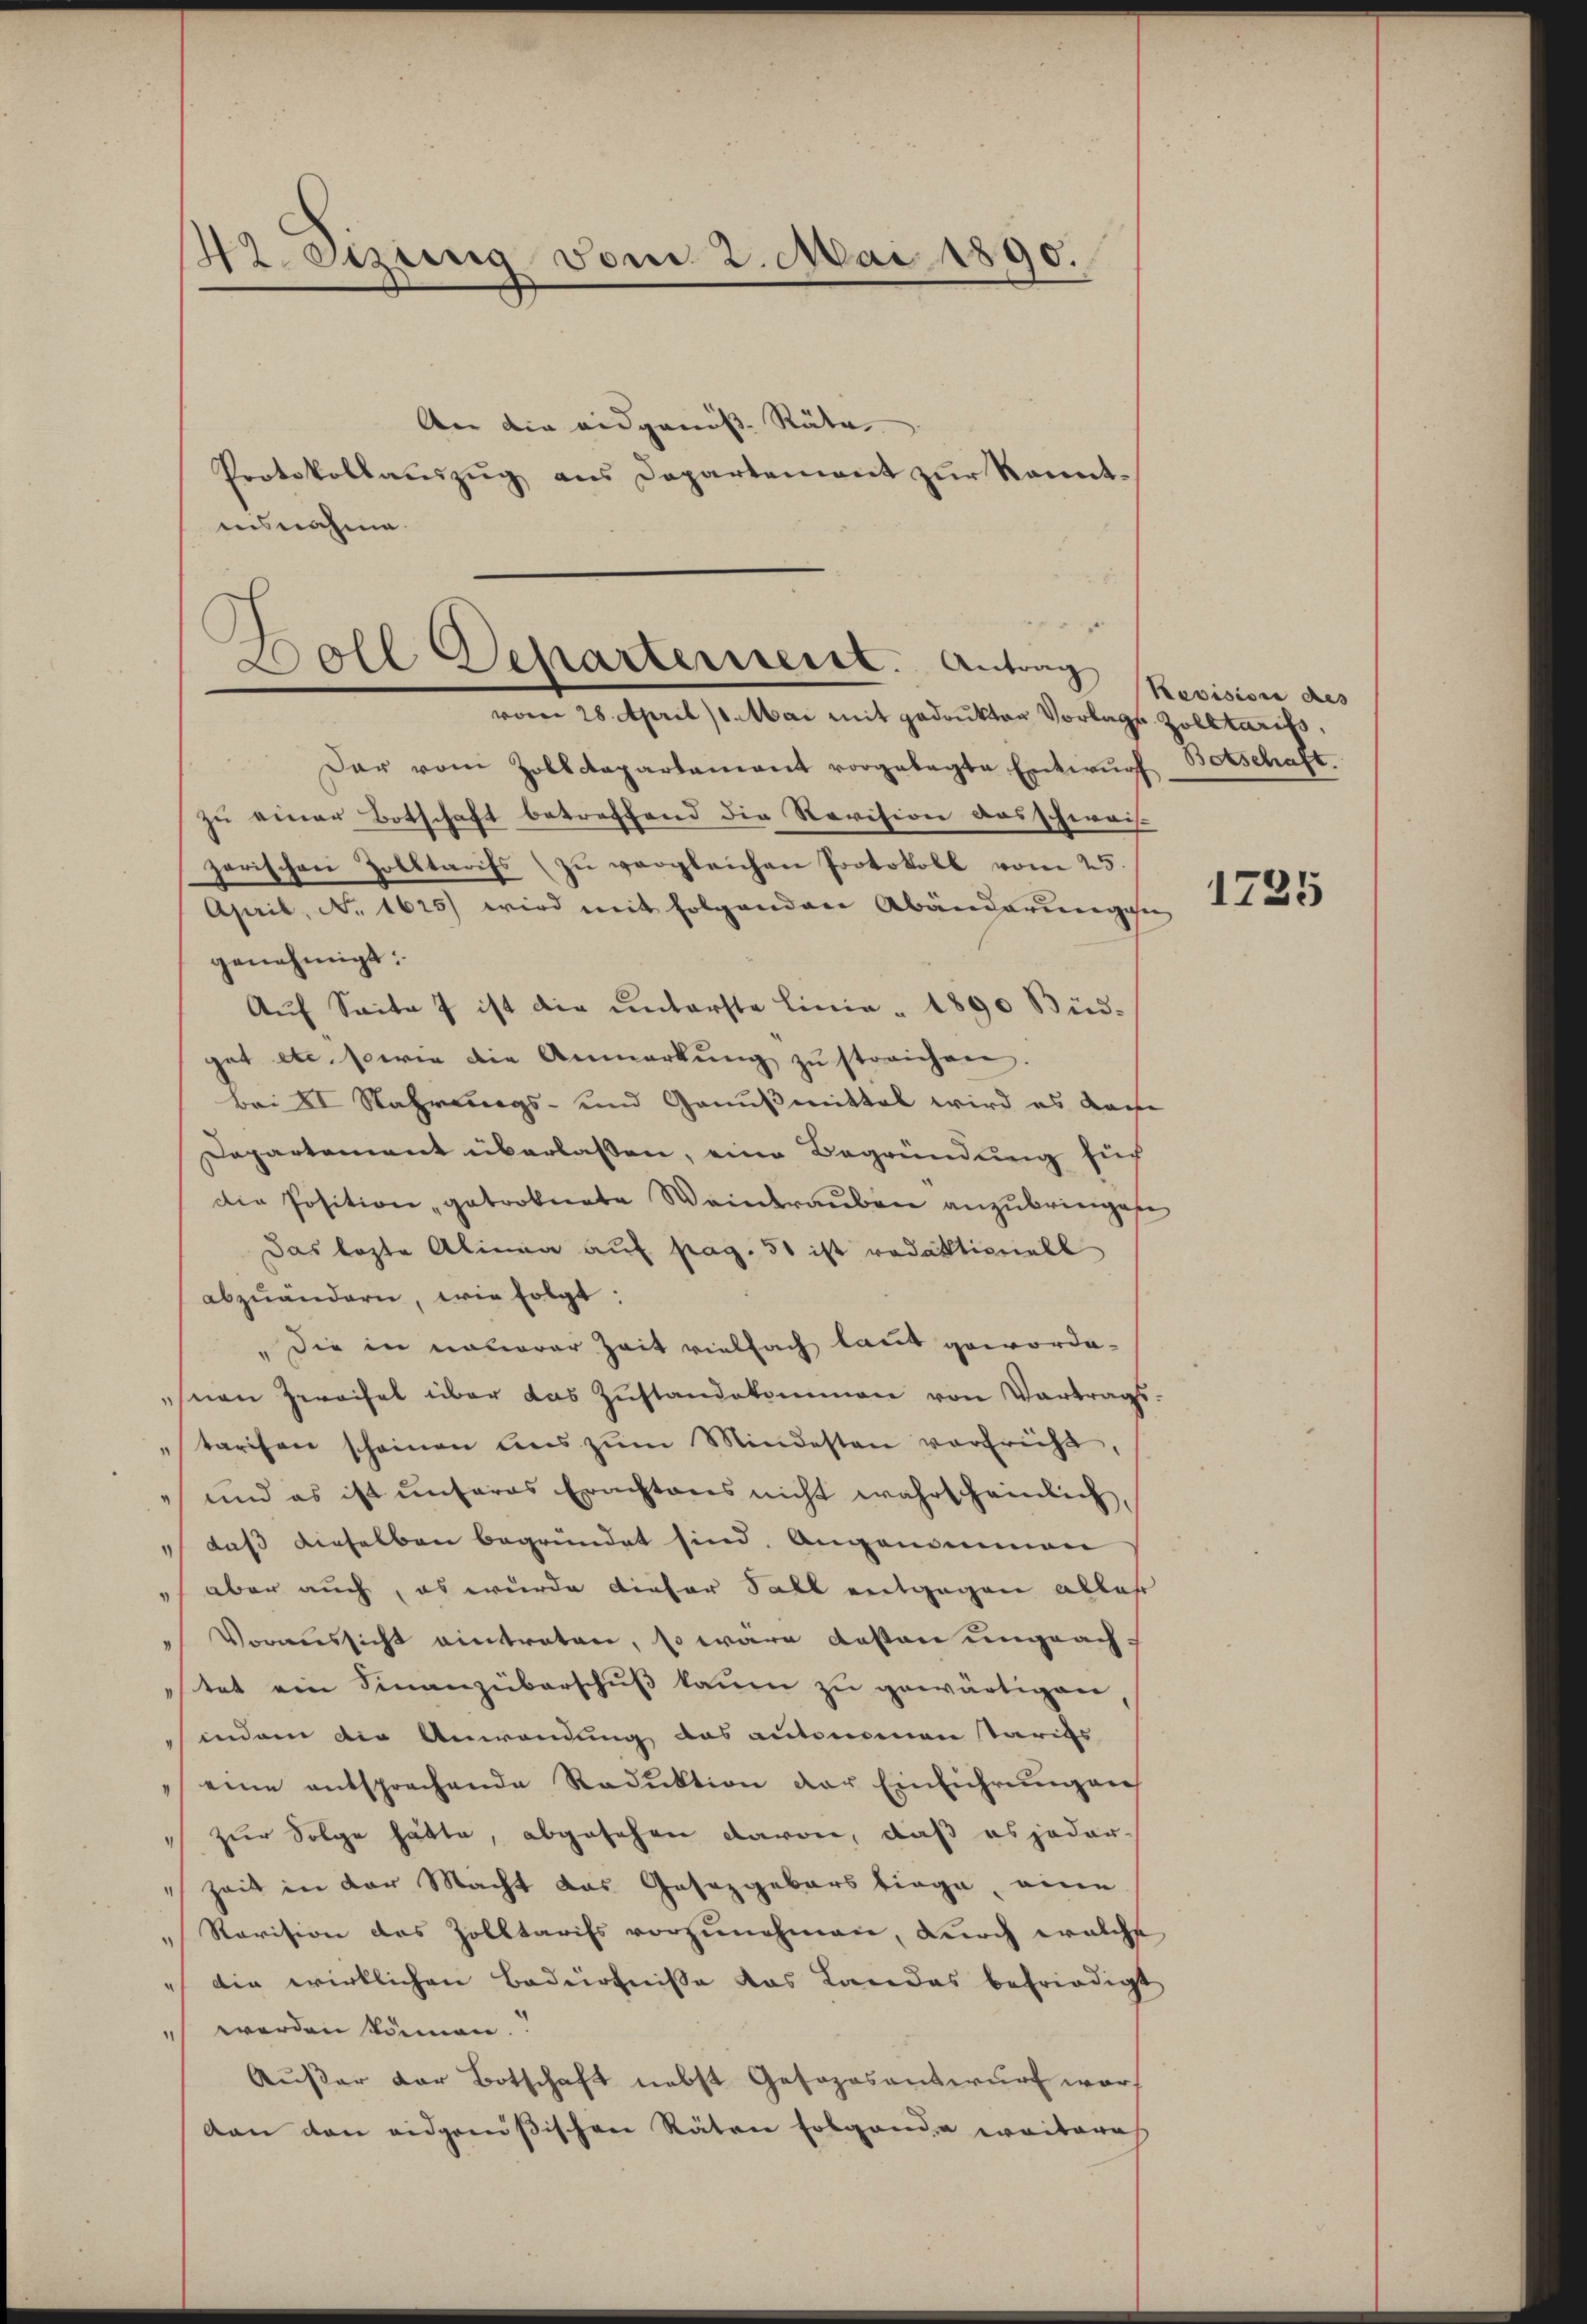
42. Stzung vom 2. Mai 1890.

An die eidgenöss. Räte
Protokollauszug aus Departement zur Kenntinsnahme.

.
Doll Departerreist. Antrag
vom 28. April 11 Mai mit gedruktor Vorlags Zolltarifs,

Der vom Zolldepartamant vorgelegte Entwŭrf Botschaft
zu einer Botschaft betreffend die Revision ausschwais-
garischen Zolltarifs zŭ vergleichen Protokoll vom 25.
April, No 1625) wird mit folgenden Abänderungen
genehmigt:
Aŭf Saite 7 ist die unterste Linie - 1890 Büdgut etc. sowie die Anmerkŭng zu streichen.
Bei II Nahrungs- und Genußmittal wird es dahe
Departement überlaßen, eine Begründung für
die Position getrobnete Weintrauben anzubringen
Das lezte Alinea auf pag. 50 ist redaktionell
abzuändern, wie folgt:
" die in neuerer Zeit vielfach laut gewordesnen Zweifel über das Zustandekommen von Vortrags-
tarisen scheinen uns zŭm Mindesten verfrüht,
und es ist unseres Erachtens nicht wahrscheinlich,
daß dieselben begründet sind. Angenommen
aber auch, es wurde dieser Fall entgegen alles
Voraussicht eintreten, so wäre desten ungeachtet ein Finanzüberschuß kaum zu gewärtigen,
indem die Anwendung das autonomentarifs
eine entsprechende Reduktion der Einführŭngen
zur Folge hätte, abgesehen davon, daß es jeder-
 Zeit in der Macht das Gesetzgebers liege, eine
Revision des Zolltarifs vorzunehmen, durch welche
die wirklichen Bedürfnisse das Landas befriedigt
werden kämen.
Außer der Botschaft nebst Gesoposantwurf worden den eidgenößischen Räten folgende weitere

Revision des

1725